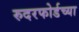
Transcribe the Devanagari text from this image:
रुदरफोर्डच्या